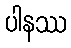
ပါနဿ